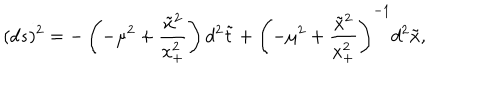
( d s ) ^ { 2 } = - \left( - \mu ^ { 2 } + \frac { \tilde { x } ^ { 2 } } { x _ { + } ^ { 2 } } \right) d ^ { 2 } { \tilde { t } } + \left( - \mu ^ { 2 } + \frac { { \tilde { x } ^ { 2 } } } { x _ { + } ^ { 2 } } \right) ^ { - 1 } d ^ { 2 } { \tilde { x } } ,